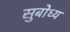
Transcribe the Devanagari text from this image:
सुबोध्य